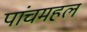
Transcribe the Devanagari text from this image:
पांचमहल